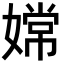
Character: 嫦